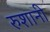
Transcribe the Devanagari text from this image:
रुशानी